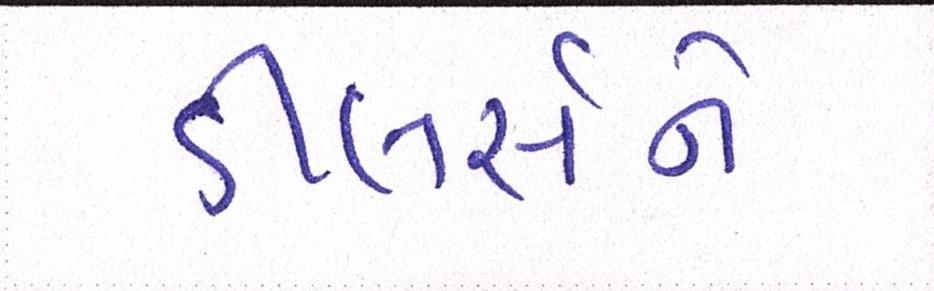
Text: ડીલર્સને